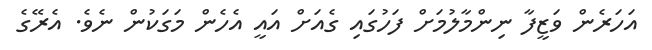
އަހަރެން ވަޒީފާ ނިންމާލުމަށް ފަހުގައި ގެއަށް އައީ އެހެން މަގަކުން ނެވެ. އެރޭގެ